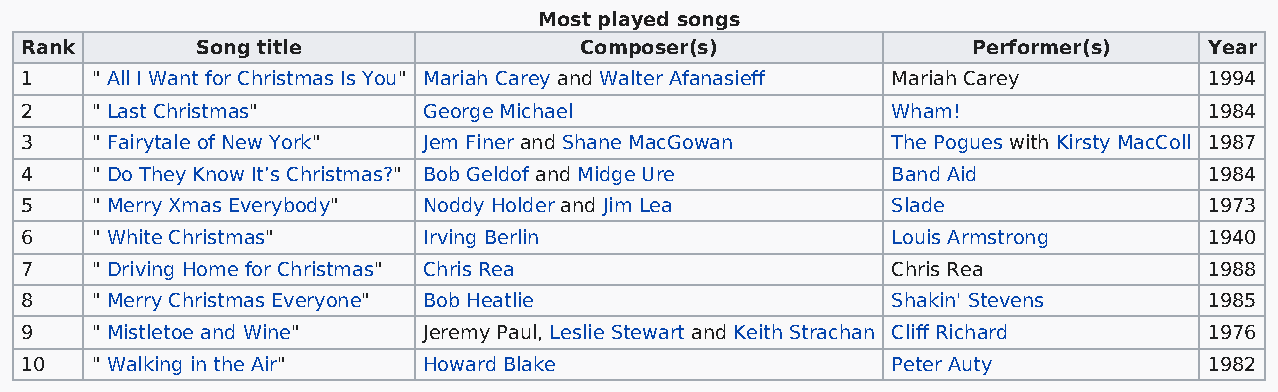
Most played songs
 Rank        Song title               Composer(s)               Performer(s)    Year
 1    " All I Want for Christmas Is You" Mariah Carey and Walter Afanasieff Mariah Carey 1994
 2    " Last Christmas"     George Michael                 Wham!                1984
 3    " Fairytale of New York" Jem Finer and Shane MacGowan The Pogues with Kirsty MacColl 1987
 4    " Do They Know It’s Christmas?" Bob Geldof and Midge Ure Band Aid         1984
 5    " Merry Xmas Everybody" Noddy Holder and Jim Lea     Slade                1973
 6    " White Christmas"    Irving Berlin                  Louis Armstrong      1940
 7    " Driving Home for Christmas" Chris Rea              Chris Rea            1988
 8    " Merry Christmas Everyone" Bob Heatlie              Shakin' Stevens      1985
 9    " Mistletoe and Wine" Jeremy Paul, Leslie Stewart and Keith Strachan Cliff Richard 1976
 10   " Walking in the Air" Howard Blake                   Peter Auty           1982